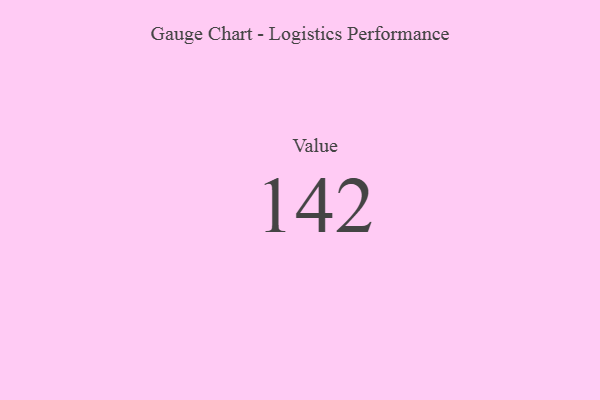
{"axis": {"x": "Metric", "y": "Value"}, "legend": [""], "data": [{"x": "Value", "y": 142, "type": ""}]}